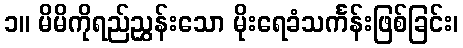
၁။ မိမိကိုရည်ညွှန်းသော မိုးရေခံသင်္ကန်းဖြစ်ခြင်း၊